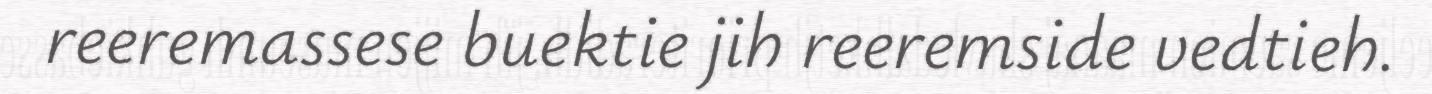
reeremassese buektie jih reeremside vedtieh.